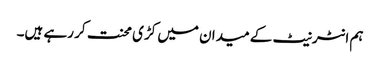
ہم انٹرنیٹ کے میدان میں کڑی محنت کر رہے ہیں۔